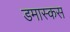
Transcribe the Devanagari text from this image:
डमास्कस